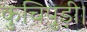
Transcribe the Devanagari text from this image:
कुचिपुड़ी।